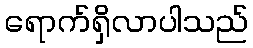
ရောက်ရှိလာပါသည်